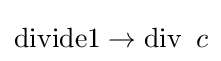
\operatorname {divide1} \rightarrow \operatorname {div} \ c